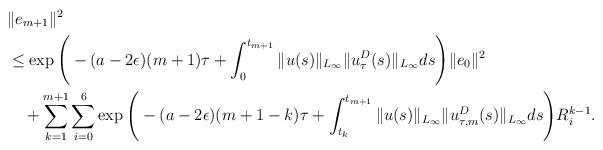
LaTeX: \begin{align*}&\|e_{m+1}\|^2\\&\le \exp\Bigg(-(a-2\epsilon)(m+1)\tau +\int_{0}^{t_{m+1}}\|u(s)\|_{L_{\infty}}\|u_\tau^D(s)\|_{L_{\infty}}ds\Bigg)\|e_0\|^2\\&\quad+\sum_{k=1}^{m+1}\sum_{i=0}^6\exp\Bigg(-(a-2\epsilon)(m+1-k)\tau +\int_{t_k}^{t_{m+1}}\|u(s)\|_{L_{\infty}}\|u_{\tau,m}^D(s)\|_{L_{\infty}}ds\Bigg)R_i^{k-1}.\end{align*}